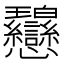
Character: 𢦋